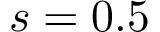
s = 0 . 5